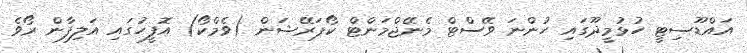
އައްޑޫސިޓީ ހުޅުމީދޫގައި ހުންނަ ވޭސްޓް މެނޭޖްމަންޓް ކޯޕަރޭޝަން (ވެމްކޯ) އޮފީހުގައި އަލިފާން ރޯވެ